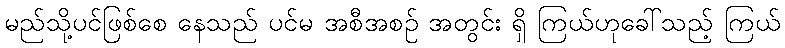
မည်သို့ပင်ဖြစ်စေ နေသည် ပင်မ အစီအစဉ် အတွင်း ရှိ ကြယ်ဟုခေါ်သည့် ကြယ်